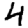
Digit: 4